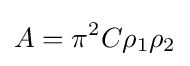
A=\pi ^{2}C\rho _{1}\rho _{2}